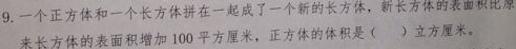
9. 一个正方体和一个长方体拼在一起成了一个新的长方体，新长方体的表面积比原来长方体的表面积增加 100 平方厘米，正方体的体积是（  ）立方厘米。